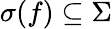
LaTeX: \sigma(f)\subseteq\Sigma